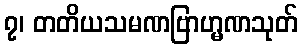
၇၊ တတိယသမဏဗြာဟ္မဏသုတ်